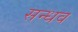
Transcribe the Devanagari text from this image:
सन्धव